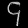
Digit: ၄